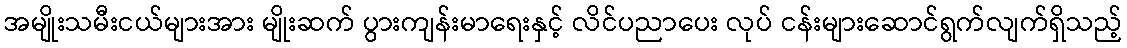
အမျိုးသမီးငယ်များအား မျိုးဆက် ပွားကျန်းမာရေးနှင့် လိင်ပညာပေး လုပ် ငန်းများဆောင်ရွက်လျက်ရှိသည့်